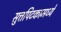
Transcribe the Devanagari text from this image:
सुत्तपिटकामध्ये